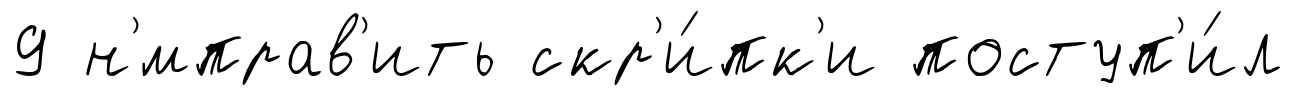
9 н'́мправ'ить скр'и́пк'и поступ'и́л